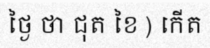
ថ្ងៃ ថា ជុត ខៃ ) កើត